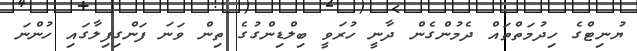
ޔުނިޓްގެ ހިދުމަތްތައް ދެމުންގެން ދާނީ ހުރަވީ ބިލްޑިންގުގެ ތިން ވަނަ ފަންގިފިލާގައި ހުންނަ